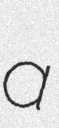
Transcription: a